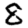
Digit: 8